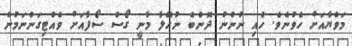
މަވްޔާއަށް ހެވުނެވެ. ހެއި ނުންނު ދޮންބެ ނުހޭލާ މާނީ ގޯސް ސޯފާއަށް ވެއްޓިގަންނަމުން